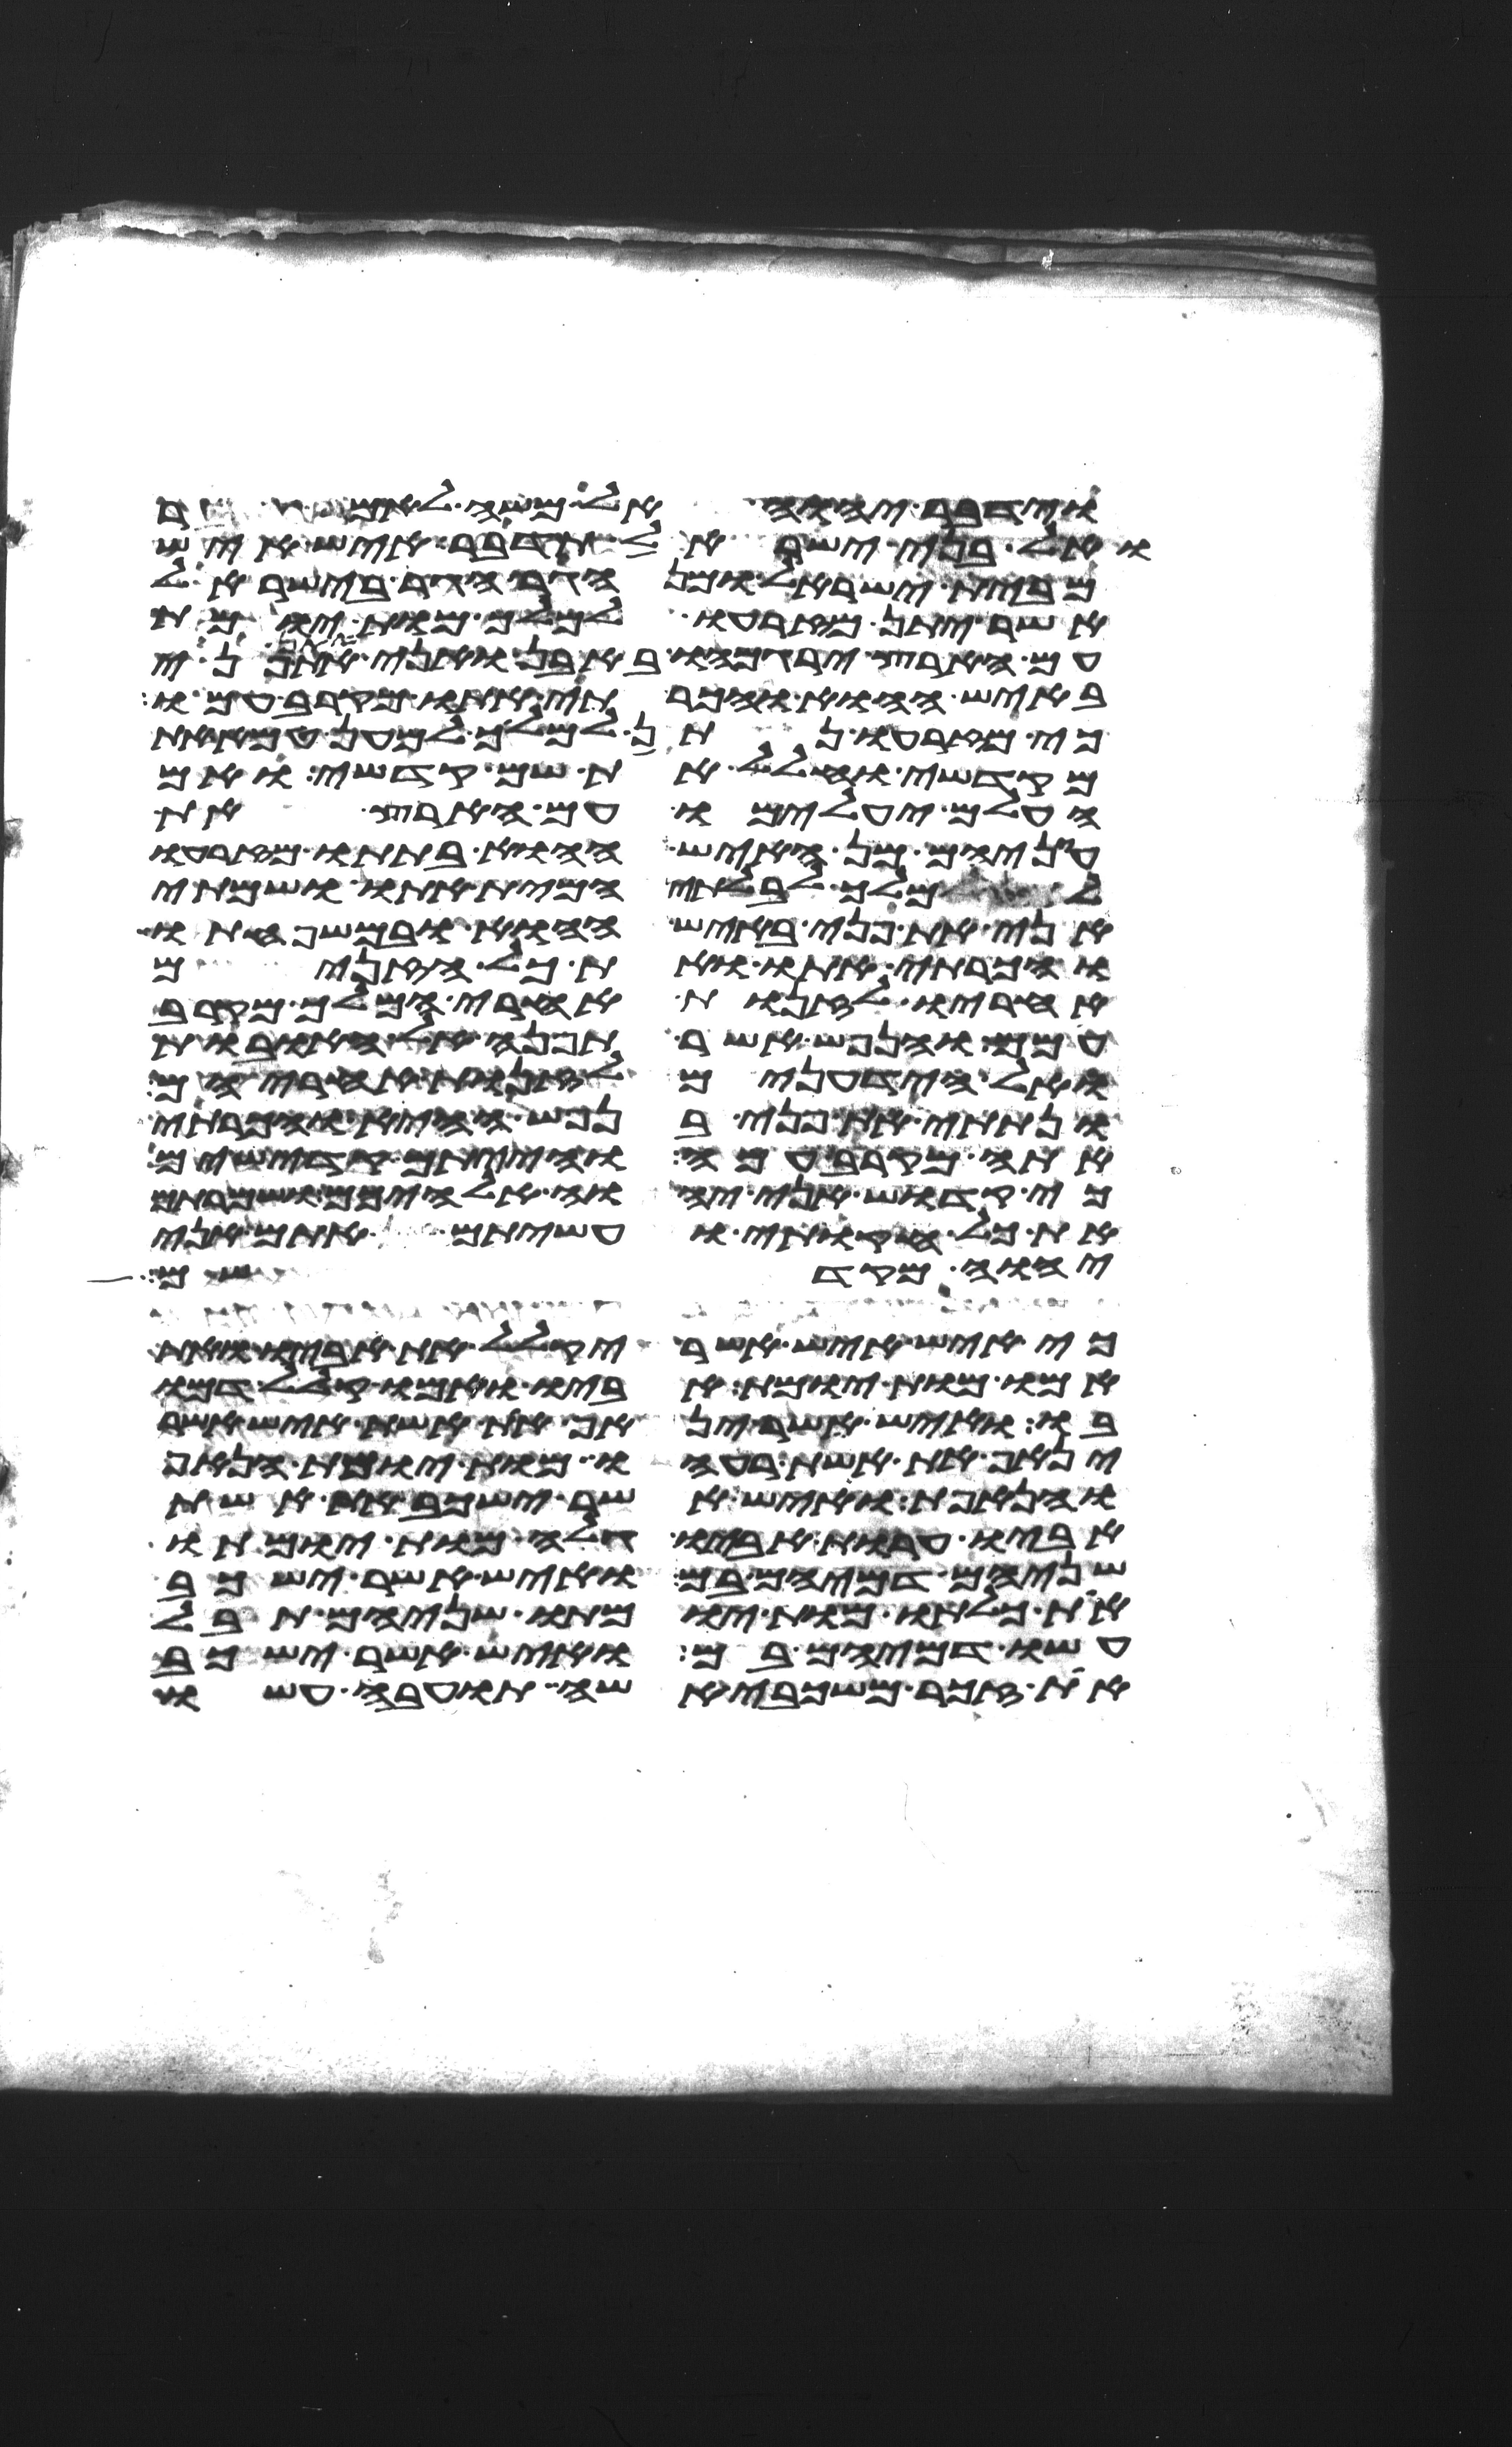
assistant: וידבר יהוה אל משה לאמר
ואל בני ישראל תדבר איש איש
מבית ישראל ומן הגר הגר בישראל
אשר יתן מזרעו למלך מות יומת
עם הארץ ירגמהו באבן ואני אתן את פני
באיש ההוא והכרתי אתו מקרב עמו
כי מזרעו נתן למלך למען טמא את
מקדשי וחלל את שם קדשי ואם
העלם יעלמו עם הארץ את
עיניהם מן האיש ההוא בתתו מזרעו
למלך לבלתי המית אתו ושמתי
אני את פני באיש ההוא ובמשפחתו
והכרתי אתו ואת כל הזנים
אחריו לזנות אחרי המלך מקרב
עמם והנפש אשר תפנה אל האובות
ואל הידעונים לזנות אחריהם
ונתתי את פני בנפש ההיא והכרתי
אתה מקרב עמה והייתם קדישים
כי קדוש אני יהוה אלהיכם ושמרתם
את כל חקותי ועשיתם אתם אני
יהוה מקדשכם
כי איש איש אשר יקלל את אביו ואת
אמו מות יומת אביו ואמו קלל דמו
בו ואיש אשר ינאף את אשת איש אשר
ינאף את אשת רעהו מות יומת הנאף
והנאפת ואיש אשר ישכב את אשת
אביו ערות אביו גלה מות יומתו
שניהם דמיהם בם ואיש אשר ישכב
את כלתו מות יומתו שניהם תבל
עשו דמיהם בם ואיש אשר ישכב
את זכר משכבי אשה תועבה עשו